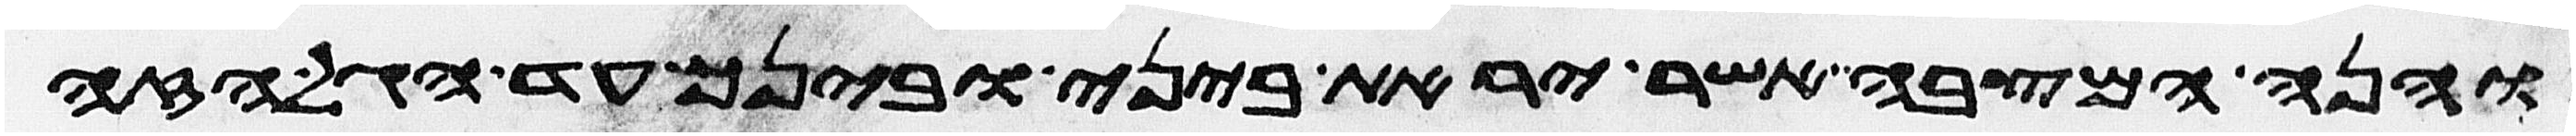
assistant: והנה המצבה אשר יראת ביני ובינך עד הגל הזה